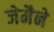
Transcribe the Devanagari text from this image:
जेमैने